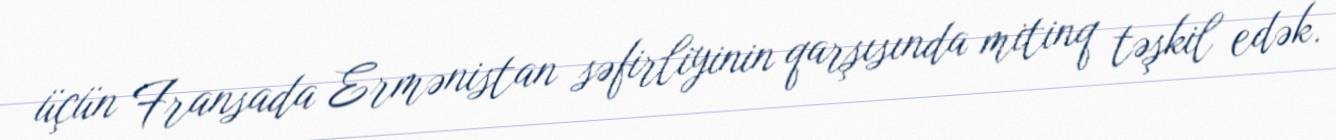
üçün Fransada Ermənistan səfirliyinin qarşısında mitinq təşkil edək.